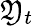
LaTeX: \mathfrak{Y}_{t}